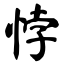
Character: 悖